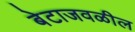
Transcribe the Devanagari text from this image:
बेटाजवळील